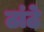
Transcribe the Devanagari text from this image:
ठांठे